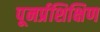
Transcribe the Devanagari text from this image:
पूनर्प्रशिक्षिण